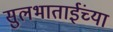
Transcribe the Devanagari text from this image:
सुलभाताईंच्या